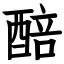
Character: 醅